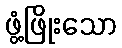
ဖွံ့ဖြိုးသော